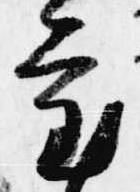
審